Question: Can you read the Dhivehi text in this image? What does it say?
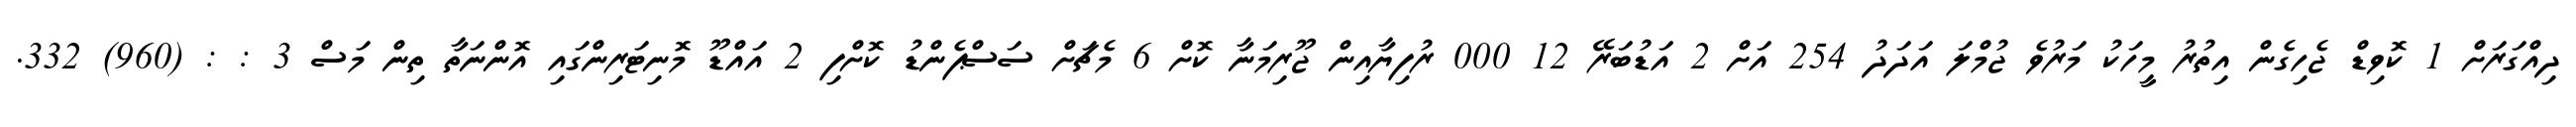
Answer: ދިއްގަރަށް 1 ކޮވިޑް ޖެހިގެން އިތުރު މީހަކު މަރުވެ ޖުމްލަ އަދަދު 254 އަށް 2 އަޑުބަރޭ 12 000 ރުފިޔާއިން ޖޫރިމަނާ ކޮށް 6 މެޗަށް ސަސްޕެންޑު ކޮށްފި 2 އައްޑޫ މޮނިޓަރިންގައި އޮންނަތާ ތިން މަސް 3 : : (960) 332.